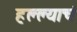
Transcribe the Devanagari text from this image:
हल्ल्याचं